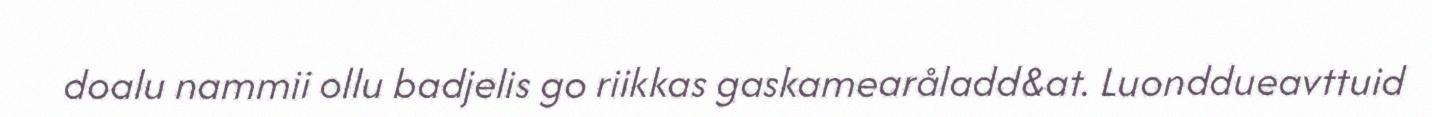
doalu nammii ollu badjelis go riikkas gaskamearåladd&at. Luonddueavttuid